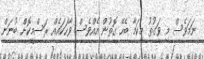
ނަމަވެސް މި ވަގުތު މިކަމާ ބެހޭ ގޮތުން އެއްވެސް ވާހަކައެއް ރަސްމީކޮށް ބުނަން